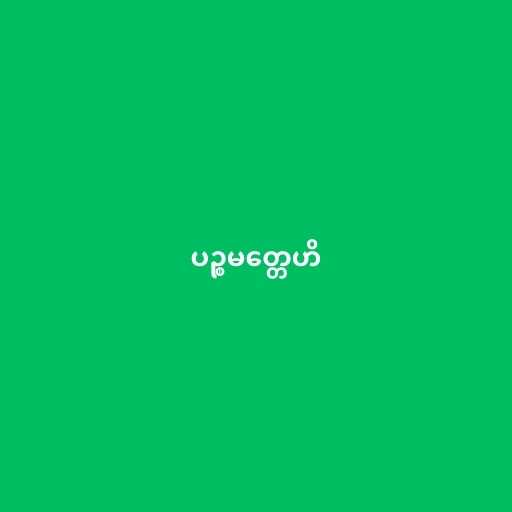
ပဉ္စမတ္တေဟိ